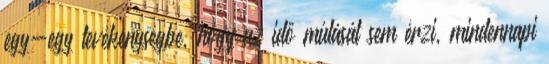
egy-egy tevékenységbe, hogy az idő múlását sem érzi, mindennapi